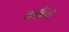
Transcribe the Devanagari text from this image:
करोल्य